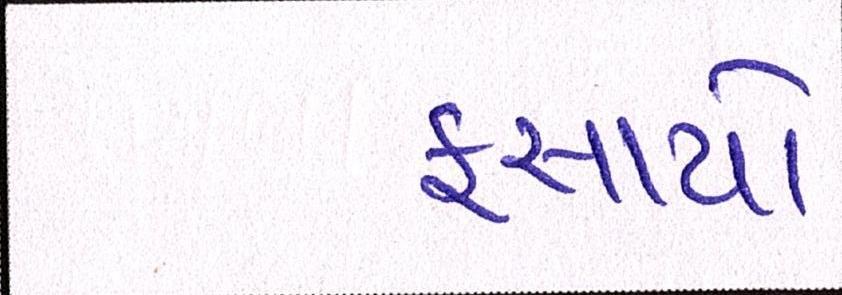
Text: ફસાયો